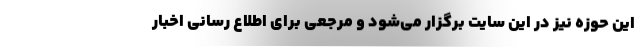
این حوزه نیز در این سایت برگزار می‌شود و مرجعی برای اطلاع رسانی اخبار